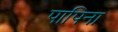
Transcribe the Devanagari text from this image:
पापिना